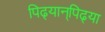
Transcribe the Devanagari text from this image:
पिढ्यान्‌पिढ्या